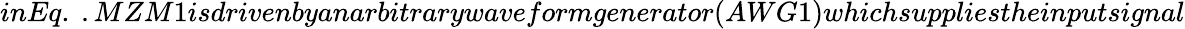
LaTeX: inEq.\ .MZM1isdrivenbyanarbitrarywaveformgenerator(AWG1)whichsuppliestheinputsignal